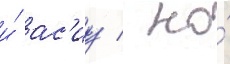
и́ ас'иу / но́